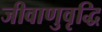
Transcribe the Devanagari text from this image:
जीवाणुवृद्धि